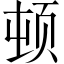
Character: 顿